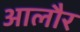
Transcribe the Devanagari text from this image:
आलौर